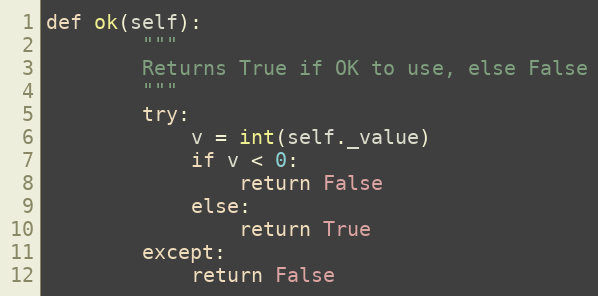
Language: Python
def ok(self):
        """
        Returns True if OK to use, else False
        """
        try:
            v = int(self._value)
            if v < 0:
                return False
            else:
                return True
        except:
            return False